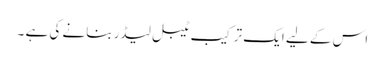
اس کے لیے ایک ترکیب ٹیبل لیڈر بنانے کی ہے ۔